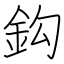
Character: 鈎